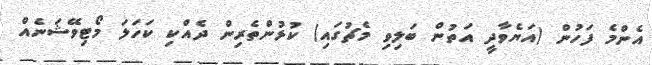
އެންމެ ފަހުން (އަޔެވާދީ އަތުން ބަލިވި މެޗުގައި) ކުޅުންތެރިން ދެއްކި ކަހަލަ މޯޓިވޭޝަނެއް